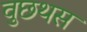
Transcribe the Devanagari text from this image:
वुछथस